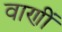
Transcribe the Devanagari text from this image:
वाणीं